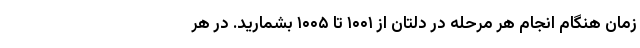
زمان هنگام انجام هر مرحله در دِلتان از ۱۰۰۱ تا ۱۰۰۵ بشمارید. در هر